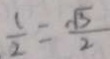
\frac { 1 } { 2 } = \frac { \sqrt { 3 } } { 2 }